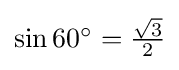
{\textstyle \sin {60^{\circ }}={\frac {\sqrt {3}}{2}}}